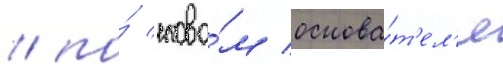
/ по́ слова́м основа́т'ел'я